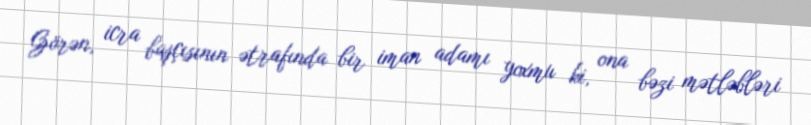
Görən, icra başçısının ətrafında bir iman adamı yoxmu ki, ona bəzi mətləbləri